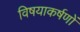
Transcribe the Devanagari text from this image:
विषयाकर्षणों